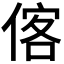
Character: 𬾼